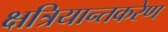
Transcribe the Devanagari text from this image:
क्षत्रियान्तकरेण